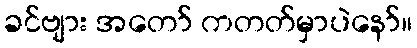
ခင်ဗျား အတော် ကတတ်မှာပဲနော်။